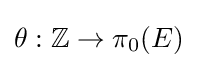
\theta :\mathbb {Z} \to \pi _{0}(E)